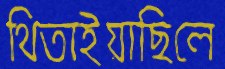
থিতাইয়াছিলে